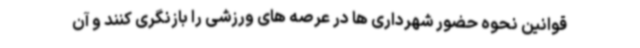
قوانین نحوه حضور شهرداری ها در عرصه های ورزشی را بازنگری کنند و آن